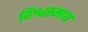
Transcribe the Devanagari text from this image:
विश्वस्माय